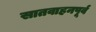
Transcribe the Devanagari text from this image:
सातवाहनपूर्व